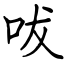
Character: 㕹